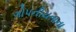
ગોપનીયતાના